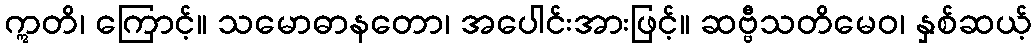
ဣတိ၊ ကြောင့်။ သမောဓာနတော၊ အပေါင်းအားဖြင့်။ ဆဗ္ဗီသတိမေဝ၊ နှစ်ဆယ့်